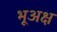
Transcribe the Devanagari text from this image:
भूअक्ष